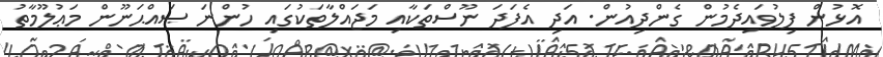
އޮޅުން ފިލުވައިދެމުން ގެންދިއުން. އަދި އެފަދަ ނޫސްތަކާއި މަޖައްލާތަކުގައި ހުންނަ ޞައްޙަނޫން މަޢުލޫމާތު